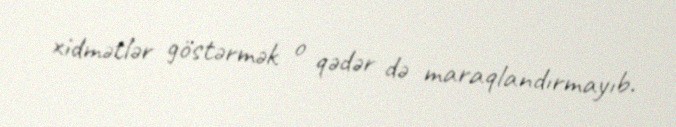
xidmətlər göstərmək o qədər də maraqlandırmayıb.